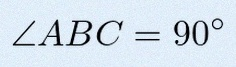
\angle ABC=90^\circ